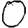
Digit: 0